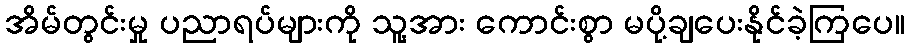
အိမ်တွင်းမှု ပညာရပ်များကို သူ့အား ကောင်းစွာ မပို့ချပေးနိုင်ခဲ့ကြပေ။